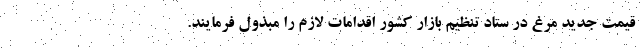
قیمت جدید مرغ در ستاد تنظیم بازار کشور اقدامات لازم را مبذول فرمایند.